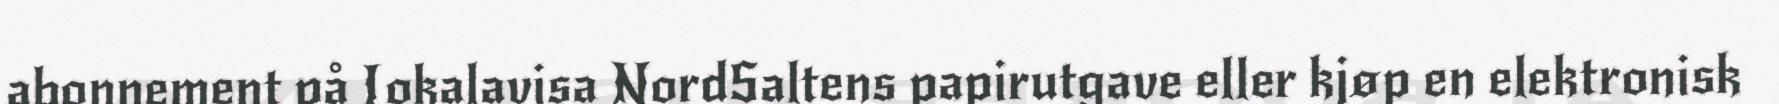
abonnement på Lokalavisa NordSaltens papirutgave eller kjøp en elektronisk